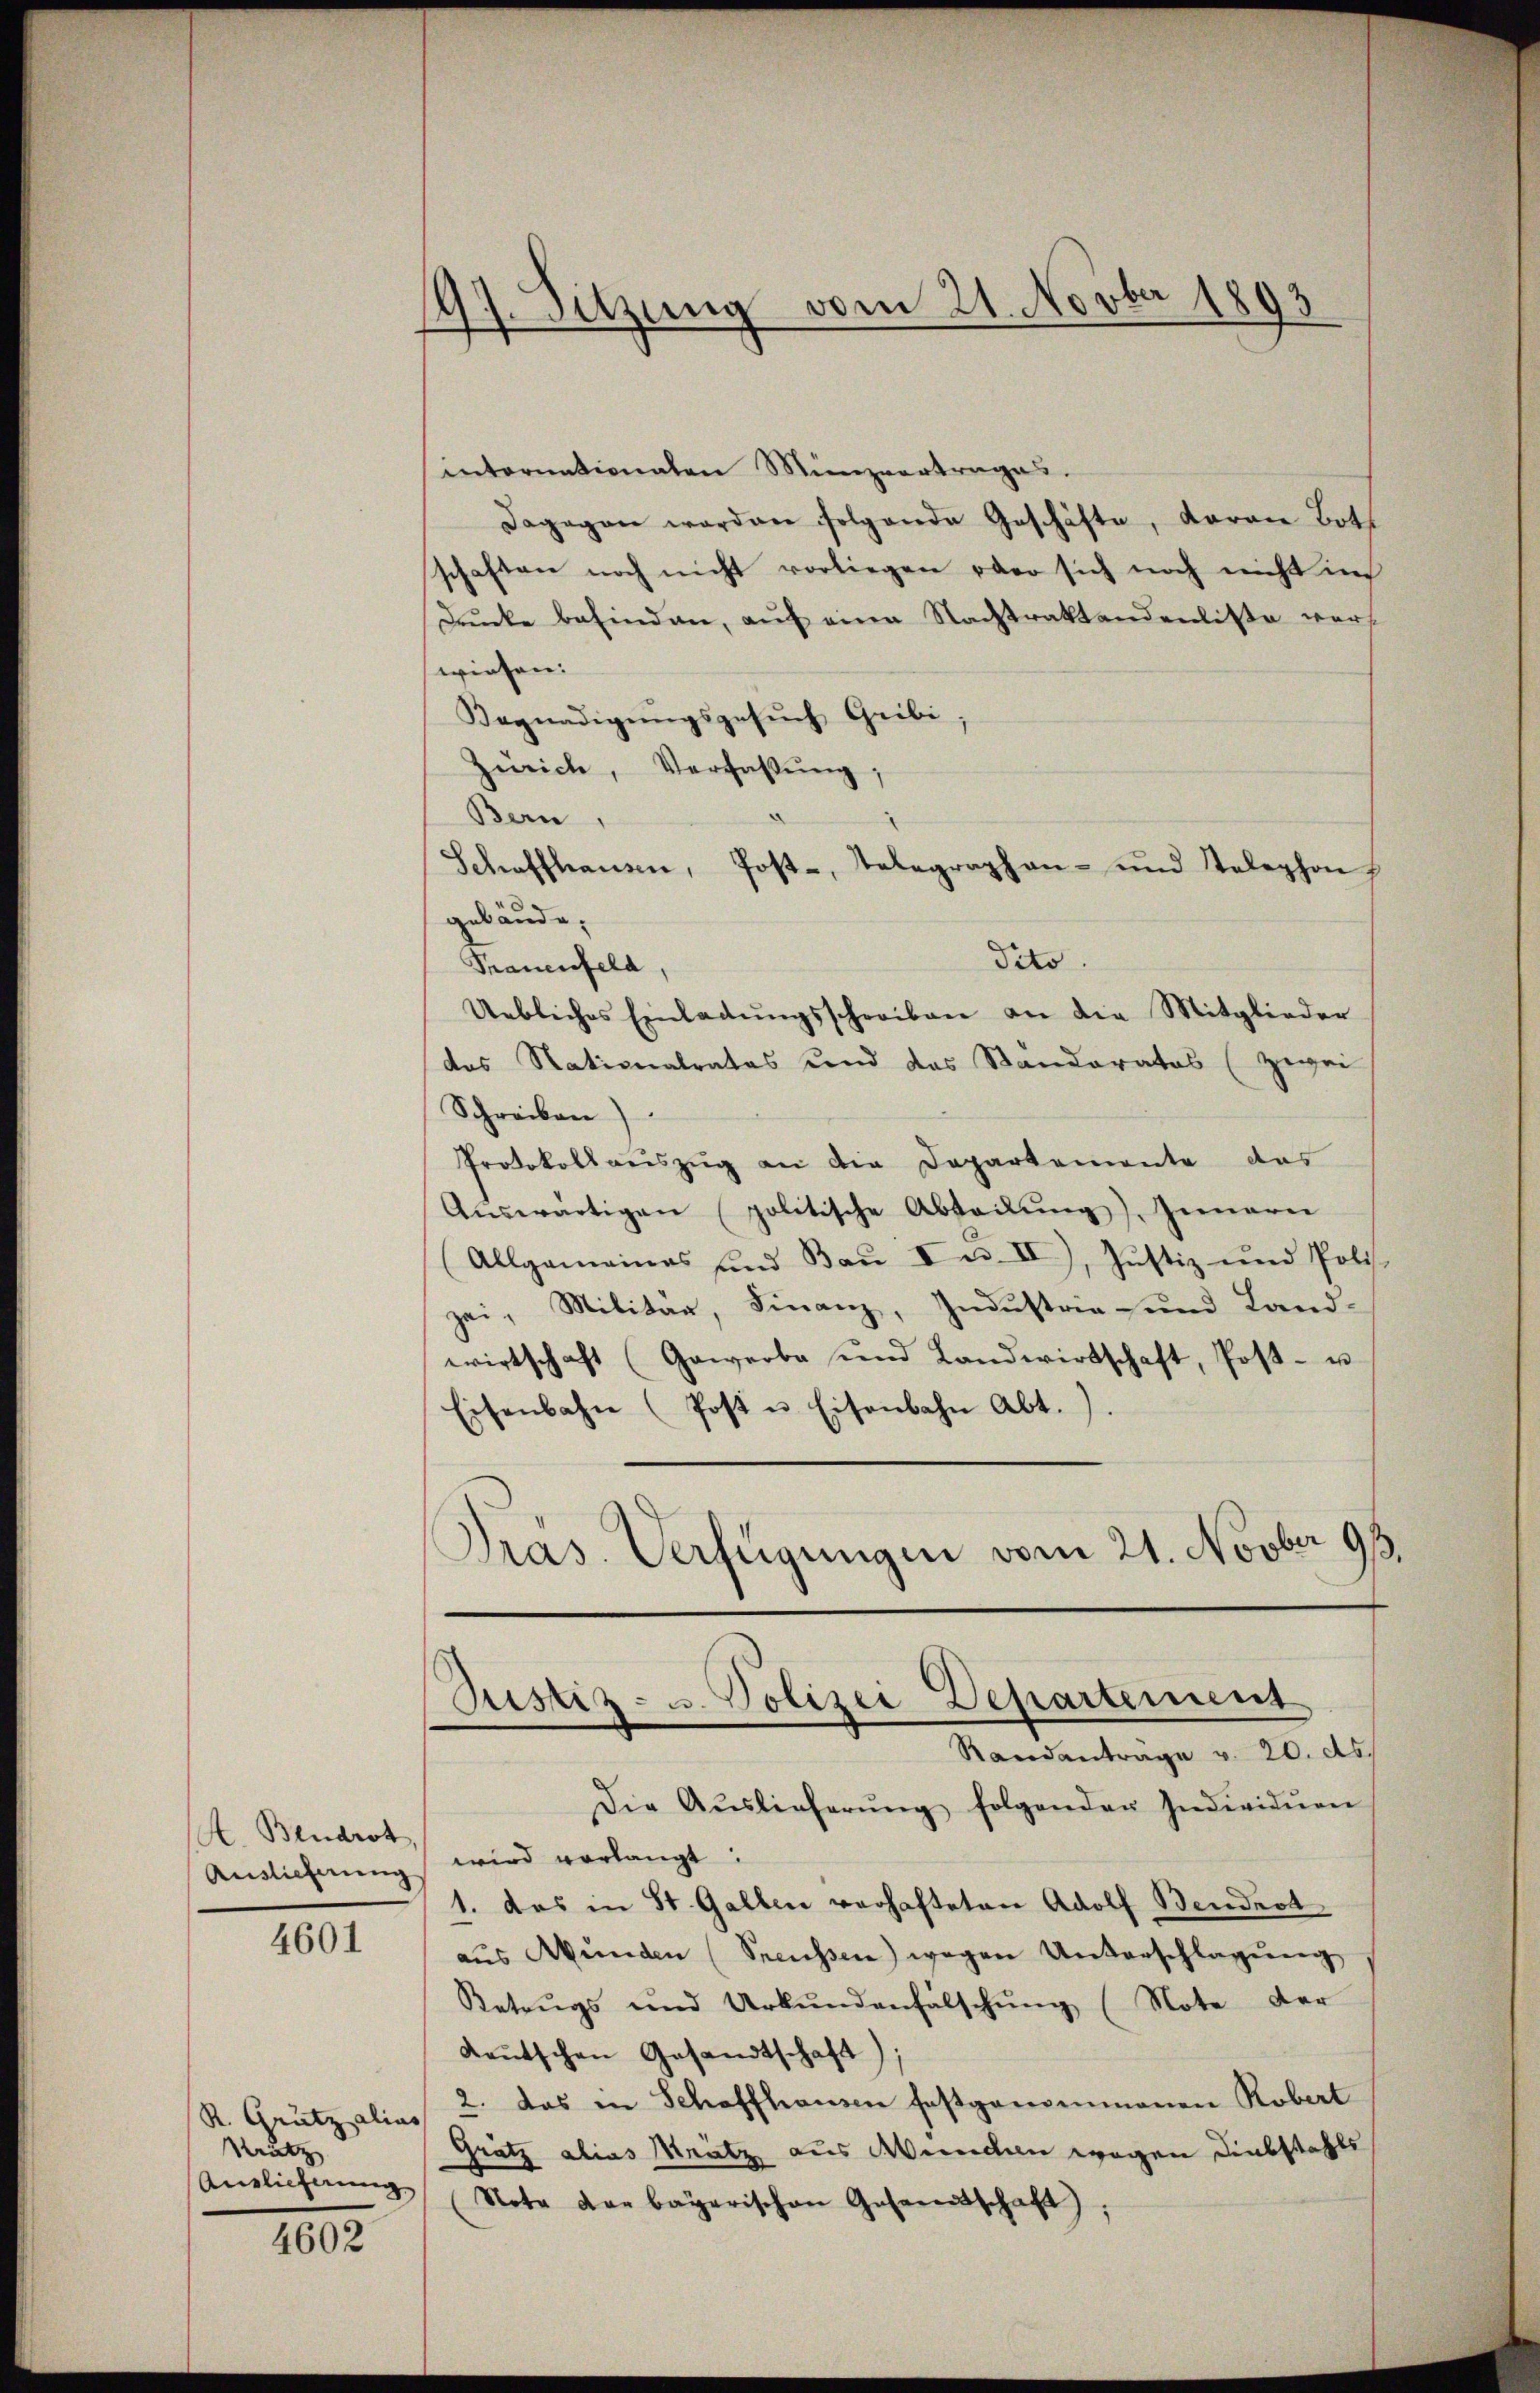
A. Brudrot

4601

R. Grütz alias
Kratz

4602

197. Sitzung vom 21. Novber 1893

internationaten Minzvertrages.
dagegen worden folgende Geschäfte, daran Both
schaften noch nicht vorliegen oder sich noch nicht in
Dunke befinden, auf eine Nachtraktandenliste vers
wiesen:
Begnadigŭngsgesŭch Gribi
Zwich, Verfassŭng,
Bern,
Schaffhausen, Post-, Telegraphen- und Telephon
gebäude.
Frauenfeld,
Uebliches Einladŭngsschreiben an die Mitglieder
das Nationalrates und das Standerates (zwei
Schreiben
Protokollauszug an die Departemente das
Aŭswärtigen politische Abteilŭng, Innern
Allgemeines und Bau I u. II), Justiz und Poli-
zei, Militär, Finanz, Industrie- und Land-
wirtschaft (Gewerbe und Landwirtschaft, Post- u
Eisenbahn (Post u. Eisenbahn Abt.).
Pras. Verfügungen vom 21. Novber 99.
Justiz- u. Polizei Departement
Randantrage v. 20. ds.
Die Aŭslieferŭng folgenden Individuen
Auslieferŭng wird verlangt:
1. das in St. Gallen verhafteten Adolf Bendrot
aŭs Wŭnden (Preussen) wegen Unterschlagŭng
Retzŭgs und Urkŭndenfälschŭng (Note der
Kaŭtschen Gesandtschaft);
2. das in Schaffhausen festgenommenen Robert
Grätz alias Mrätz aus Wunden wegen Diebstahls
Anslichnŭng Nota dar bayerischen Gesamtschaft);

dito.